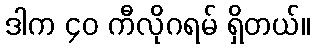
ဒါက ၄၀ ကီလိုဂရမ် ရှိတယ်။